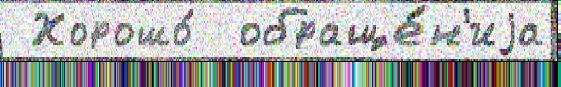
 Хорошо́  обраще́н'иjа